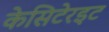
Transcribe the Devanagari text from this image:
केसिटेरइट